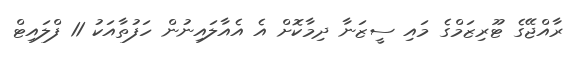
ރާއްޖޭގެ ޓޫރިޒަމްގެ މައި ސީޒަނާ ދިމާކޮށް އެ އެއާލައިނުން ހަފުތާއަކު 11 ފްލައިޓް